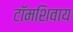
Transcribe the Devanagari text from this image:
टॉमशिवाय